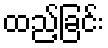
ထည့်ခြင်း